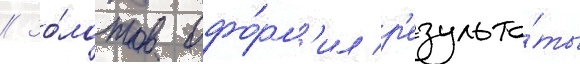
// Зо́лотов офо́рм'ил р'езульта́ты